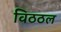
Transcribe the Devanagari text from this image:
विठठल